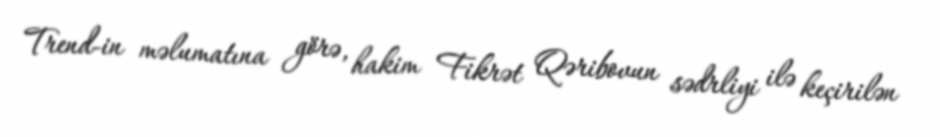
Trend-in məlumatına görə, hakim Fikrət Qəribovun sədrliyi ilə keçirilən